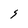
Character: 5